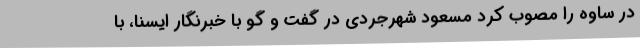
در ساوه را مصوب کرد مسعود شهرجردی در گفت و گو با خبرنگار ایسنا، با